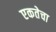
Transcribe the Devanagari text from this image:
एकतेचा